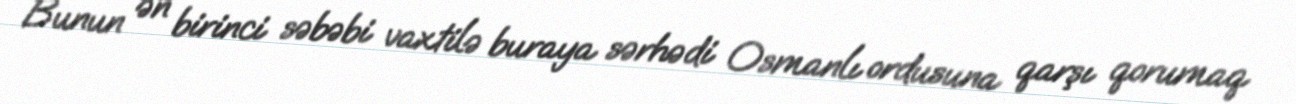
Bunun ən birinci səbəbi vaxtilə buraya sərhədi Osmanlı ordusuna qarşı qorumaq